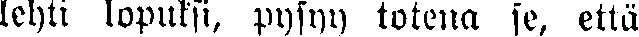
lehti lopuksi, pysyy totena se, että